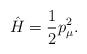
LaTeX: \begin{align*}{\hat H} =\frac{1}{2} p^2_\mu. \end{align*}